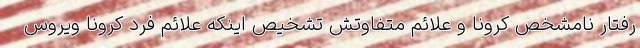
رفتار نامشخص کرونا و علائم متفاوتش تشخیص اینکه علائم فرد کرونا ویروس